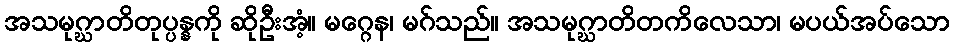
အသမုဂ္ဃာတိတုပ္ပန္နကို ဆိုဦးအံ့။ မဂ္ဂေန၊ မဂ်သည်။ အသမုဂ္ဃာတိတကိလေသာ၊ မပယ်အပ်သော